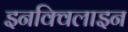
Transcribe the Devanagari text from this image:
इनक्विलाइन